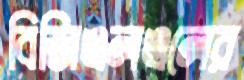
বিজিএলএলের